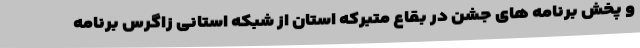
و پخش برنامه های جشن در بقاع متبرکه استان از شبکه استانی زاگرس برنامه